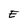
Character: E